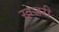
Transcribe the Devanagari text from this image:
खेजरी